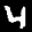
Label: 4